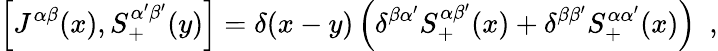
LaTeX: \left[J^{\alpha\beta}(x),S_{+}^{\alpha^{\prime}\beta^{\prime}}(y)\right]=\delta(x-y)\left(\delta^{\beta\alpha^{\prime}}S_{+}^{\alpha\beta^{\prime}}(x)+\delta^{\beta\beta^{\prime}}S_{+}^{\alpha\alpha^{\prime}}(x)\right)~~,